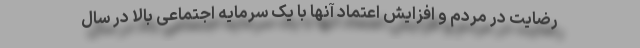
رضایت در مردم و افزایش اعتماد آنها با یک سرمایه اجتماعی بالا در سال